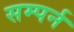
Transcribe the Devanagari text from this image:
सम्पर्न